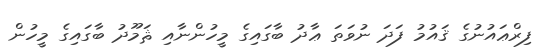
ފިރްޢައުނުގެ ޤައުމު ފަދަ ނުވަތަ ޢާދު ބާގައިގެ މީހުންނާއި ޘަމޫދު ބާގައިގެ މީހުން